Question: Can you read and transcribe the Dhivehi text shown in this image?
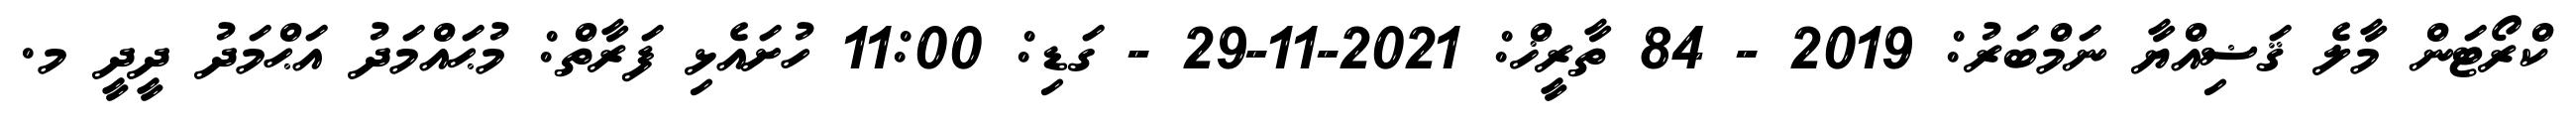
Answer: ކްރޯޓަން މާލެ ޤަޟިއްޔާ ނަމްބަރު: 2019 - 84 ތާރީޚް: 2021-11-29 - ގަޑި: 11:00 ހުށައެޅި ފަރާތް: މުޙައްމަދު އަޙްމަދު ދީދީ މ.